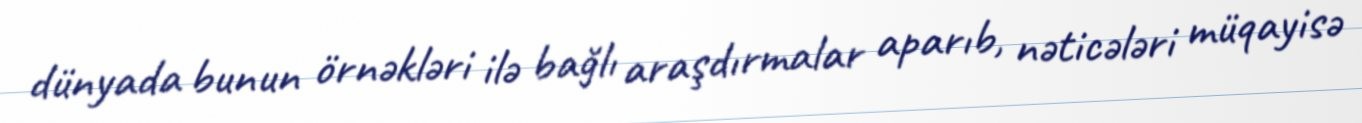
dünyada bunun örnəkləri ilə bağlı araşdırmalar aparıb, nəticələri müqayisə